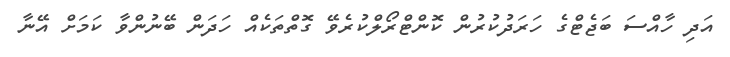
އަދި ހާއްސަ ބަޖެޓްގެ ހަރަދުކުރުން ކޮންޓްރޯލްކުރެވޭ ގޮތްތަކެއް ހަދަން ބޭނުންވާ ކަމަށް އޭނާ